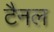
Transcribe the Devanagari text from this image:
टैनल